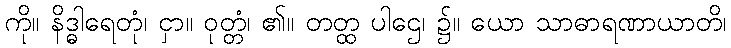
ကို။ နိဒ္ဓါရေတုံ၊ ငှာ။ ဝုတ္တံ၊ ၏။ တတ္ထ ပါဌေ၊ ၌။ ယော သာဓာရဏာယာတိ၊